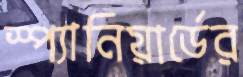
স্প্যানিয়ার্ডের